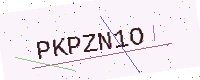
Text: PKPZN1O